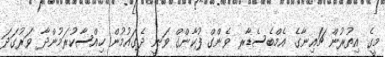
މީގެ އިތުރުން ޗައިނާގެ އެމްބެސެޑާރ ވެންގް ފުކާންގް ވަނީ ދެގައުމުން ހިއްސާކުރަމުންދާ ވަރުގަދަ